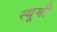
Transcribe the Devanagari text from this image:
स्यूमी